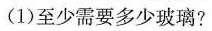
(1)至少需要多少玻璃?